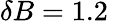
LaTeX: \delta B=1.2\